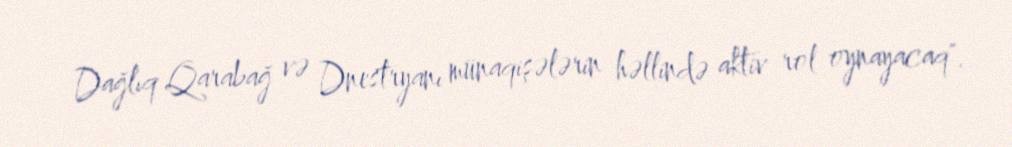
Dağlıq Qarabağ və Dnestryanı münaqişələrin həllində aktiv rol oynayacaq".